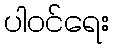
ပါဝင်ရေး